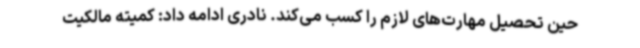
حین تحصیل مهارت‌های لازم را کسب می‌کند. نادری ادامه داد: کمیته مالکیت